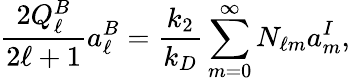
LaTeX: \frac{2Q_{\ell}^{B}}{2\ell+1}a_{\ell}^{B}=\frac{k_{2}}{k_{D}}\sum_{m=0}^{\infty}N_{\ell m}a_{m}^{I},